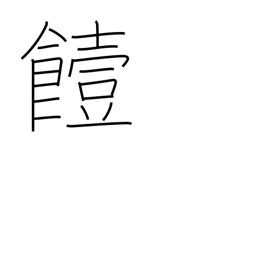
Meaning: go bad